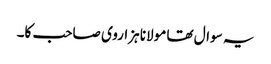
یہ سوال تھا مولانا ہزاروی صاحب کا۔